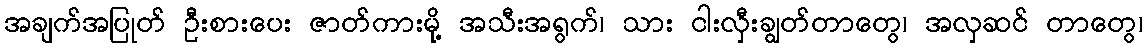
အချက်အပြုတ် ဦးစားပေး ဇာတ်ကားမို့ အသီးအရွက်၊ သား ငါးလှီးချွတ်တာတွေ၊ အလှဆင် တာတွေ၊